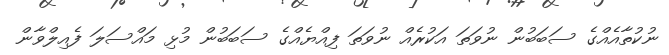
ނުކުތާއެއްގެ ސަބަބުން ނުވަތަ އަކުރެއް ނުވަތަ ފިއްޔެއްގެ ސަބަބުން މުޅި މައްސަލަ ފެއިލްވާން